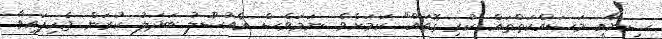
ސިނާއީ މަސައްކަތްތައް ކުރި ގޮތައް" ކަމަށެވެ. ނަމަވެސް އެއުސޫލު ބަދަލު ކުރަން ޖެހިފައިވާ